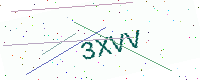
Text: 3XVV